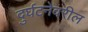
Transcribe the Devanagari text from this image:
दुर्घटनेवरील